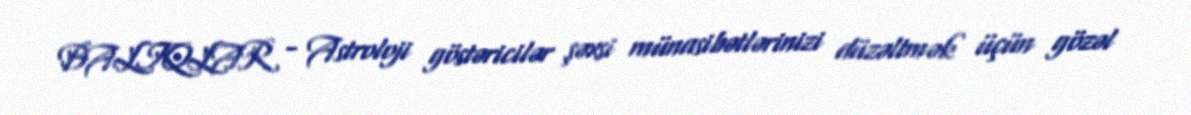
BALIQLAR - Astroloji göstəricilər şəxsi münasibətlərinizi düzəltmək üçün gözəl